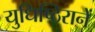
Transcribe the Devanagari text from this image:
युधिष्ठिरानें